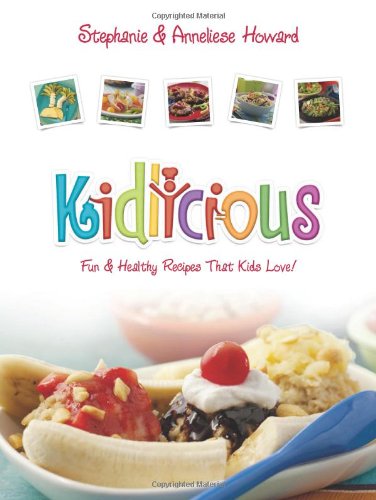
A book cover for Kidlicious: Fun Healthy Recipes Kids Love!; Stephanie Howard; Health, Fitness & Dieting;